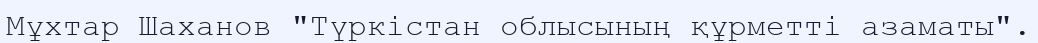
Мұхтар Шаханов "Түркістан облысының құрметті азаматы".